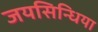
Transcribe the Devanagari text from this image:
जयसिन्धिया